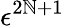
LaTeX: \epsilon^{2\mathbb{N}+1}